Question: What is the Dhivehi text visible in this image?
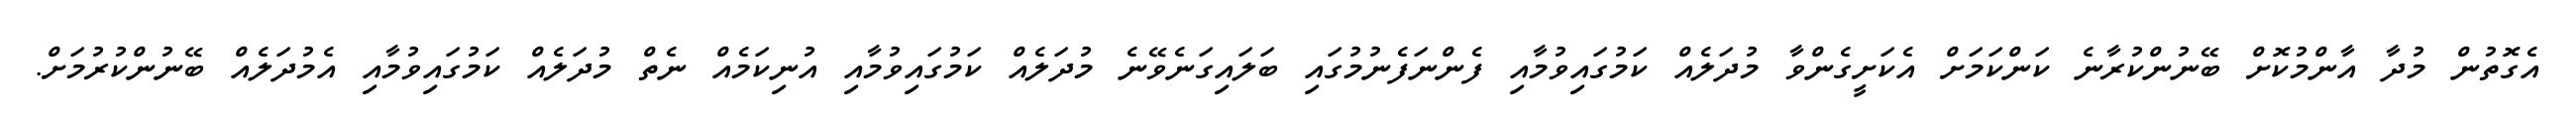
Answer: އެގޮތުން މުދާ އާންމުކޮށް ބޭނުންކުރާނެ ކަންކަމަށް އެކަށީގެންވާ މުދަލެއް ކަމުގައިވުމާއި ފެންނަފެނުމުގައި ބަލައިގަނެވޭނެ މުދަލެއް ކަމުގައިވުމާއި އުނިކަމެއް ނެތް މުދަލެއް ކަމުގައިވުމާއި އެމުދަލެއް ބޭނުންކުރުމަށް.